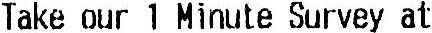
TAKE OUR 1 MINUTE SURVEY AT